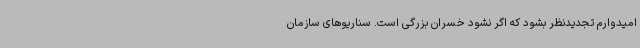
امیدوارم تجدیدنظر بشود که اگر نشود خسران بزرگی است. سناریوهای سازمان